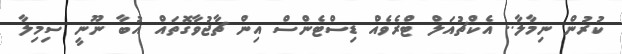
ކުރުން ނިމާލާ.. އެކްޗުއަލް ޓްރެވެއް ޑިސްޓެންސް އިން ޗާޖުވާގޮތައް އުބާ ނޫނީ ސިމިލާ